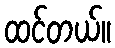
ထင်တယ်။